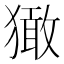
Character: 㺖